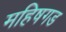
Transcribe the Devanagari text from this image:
महिषगड